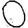
Digit: 0